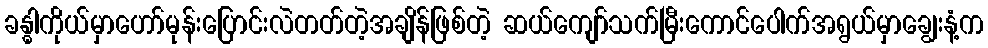
ခန္ဓါကိုယ်မှာဟော်မုန်းပြောင်းလဲတတ်တဲ့အချိန်ဖြစ်တဲ့ ဆယ်ကျော်သက်မြီးကောင်ပေါက်အရွယ်မှာချွေးနံ့က